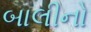
બાલીનો